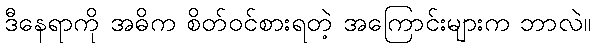
ဒီနေရာကို အဓိက စိတ်ဝင်စားရတဲ့ အကြောင်းများက ဘာလဲ။